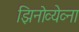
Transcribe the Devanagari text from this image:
झिनोव्येव्ना